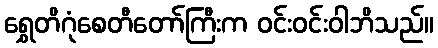
ရွှေတိဂုံစေတီတော်ကြီးက ဝင်းဝင်းဝါဘိသည်။